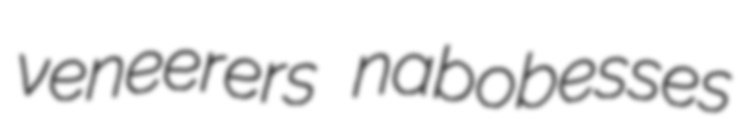
veneerers nabobesses